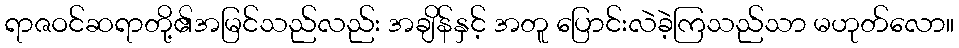
ရာဇဝင်ဆရာတို့၏အမြင်သည်လည်း အချိန်နှင့် အတူ ပြောင်းလဲခဲ့ကြသည်သာ မဟုတ်လော။